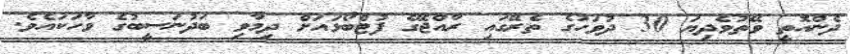
ދެންއޮތީ ވޭތުވެދިޔަ 30 ދުވަހުގެ ތެރޭގައި ރާއްޖޭގެ ފުޓްބޯޅައަށް ދިމާވި ބަދުނަސީބުގެ ވާހަކައެވެ.